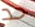
حد